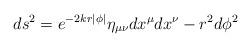
LaTeX: \begin{align*}ds^2=e^{-2kr|\phi|}\eta_{\mu\nu}dx^\mu dx^\nu-r^2d\phi^2\end{align*}